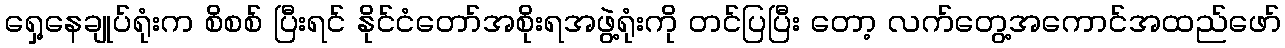
ရှေ့နေချုပ်ရုံးက စိစစ် ပြီးရင် နိုင်ငံတော်အစိုးရအဖွဲ့ရုံးကို တင်ပြပြီး တော့ လက်တွေ့အကောင်အထည်ဖော်